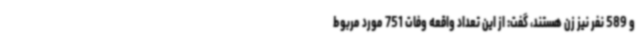
و 589 نفر نیز زن هستند، گفت: از این تعداد واقعه وفات 751 مورد مربوط